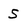
Character: S